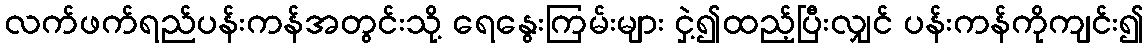
လက်ဖက်ရည်ပန်းကန်အတွင်းသို့ ရေနွေးကြမ်းများ ငှဲ့၍ထည့်ပြီးလျှင် ပန်းကန်ကိုကျင်း၍